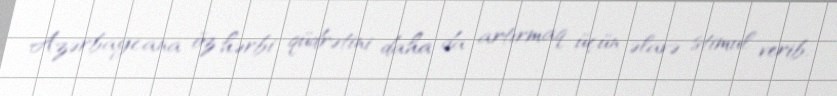
Azərbaycana öz hərbi qüdrətini daha da artırmaq üçün əlavə stimul verib.